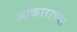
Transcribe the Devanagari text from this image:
अाकाराच्या